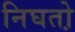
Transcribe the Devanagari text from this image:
निघतो़